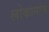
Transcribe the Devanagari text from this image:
लोकानांच